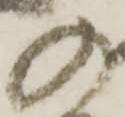
の